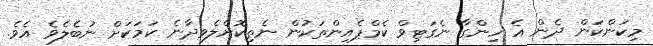
މިކަންކަން ދެން އެ ހިންގާ ނެގަޓިވް ކެމްޕެއިންތަކުން ނެތިކޮށްލެވިދާނެ ކަމަކަށް ނުބެލެވެ އެވެ.